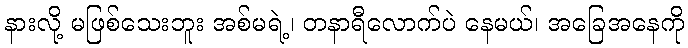
နားလို့ မဖြစ်သေးဘူး အစ်မရဲ့၊ တနာရီလောက်ပဲ နေမယ်၊ အခြေအနေကို